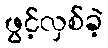
ဖွင့်လှစ်ခဲ့